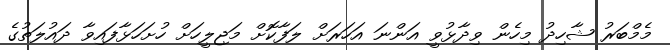
މެމްބަރު ޝާހިދު މިހެން ވިދާޅުވީ އަންނަ އަހަރަށް ލަފާކޮށް މަޖިލީހަށް ހުށަހަޅާފައިވާ ދައުލަތުގެ